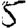
Digit: 5